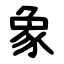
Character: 象